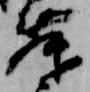
舞